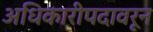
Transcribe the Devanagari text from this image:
अधिकारीपदावरून